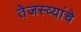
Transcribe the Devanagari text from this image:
तेजस्व्यांचे